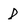
Character: D